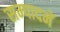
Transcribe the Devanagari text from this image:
सम्पादनें